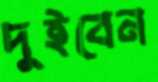
দুইবেন